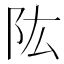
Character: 䧀